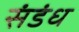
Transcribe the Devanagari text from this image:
संडंध